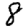
Digit: 8